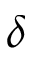
\delta